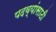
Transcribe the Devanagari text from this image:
पदव्यांसाठी